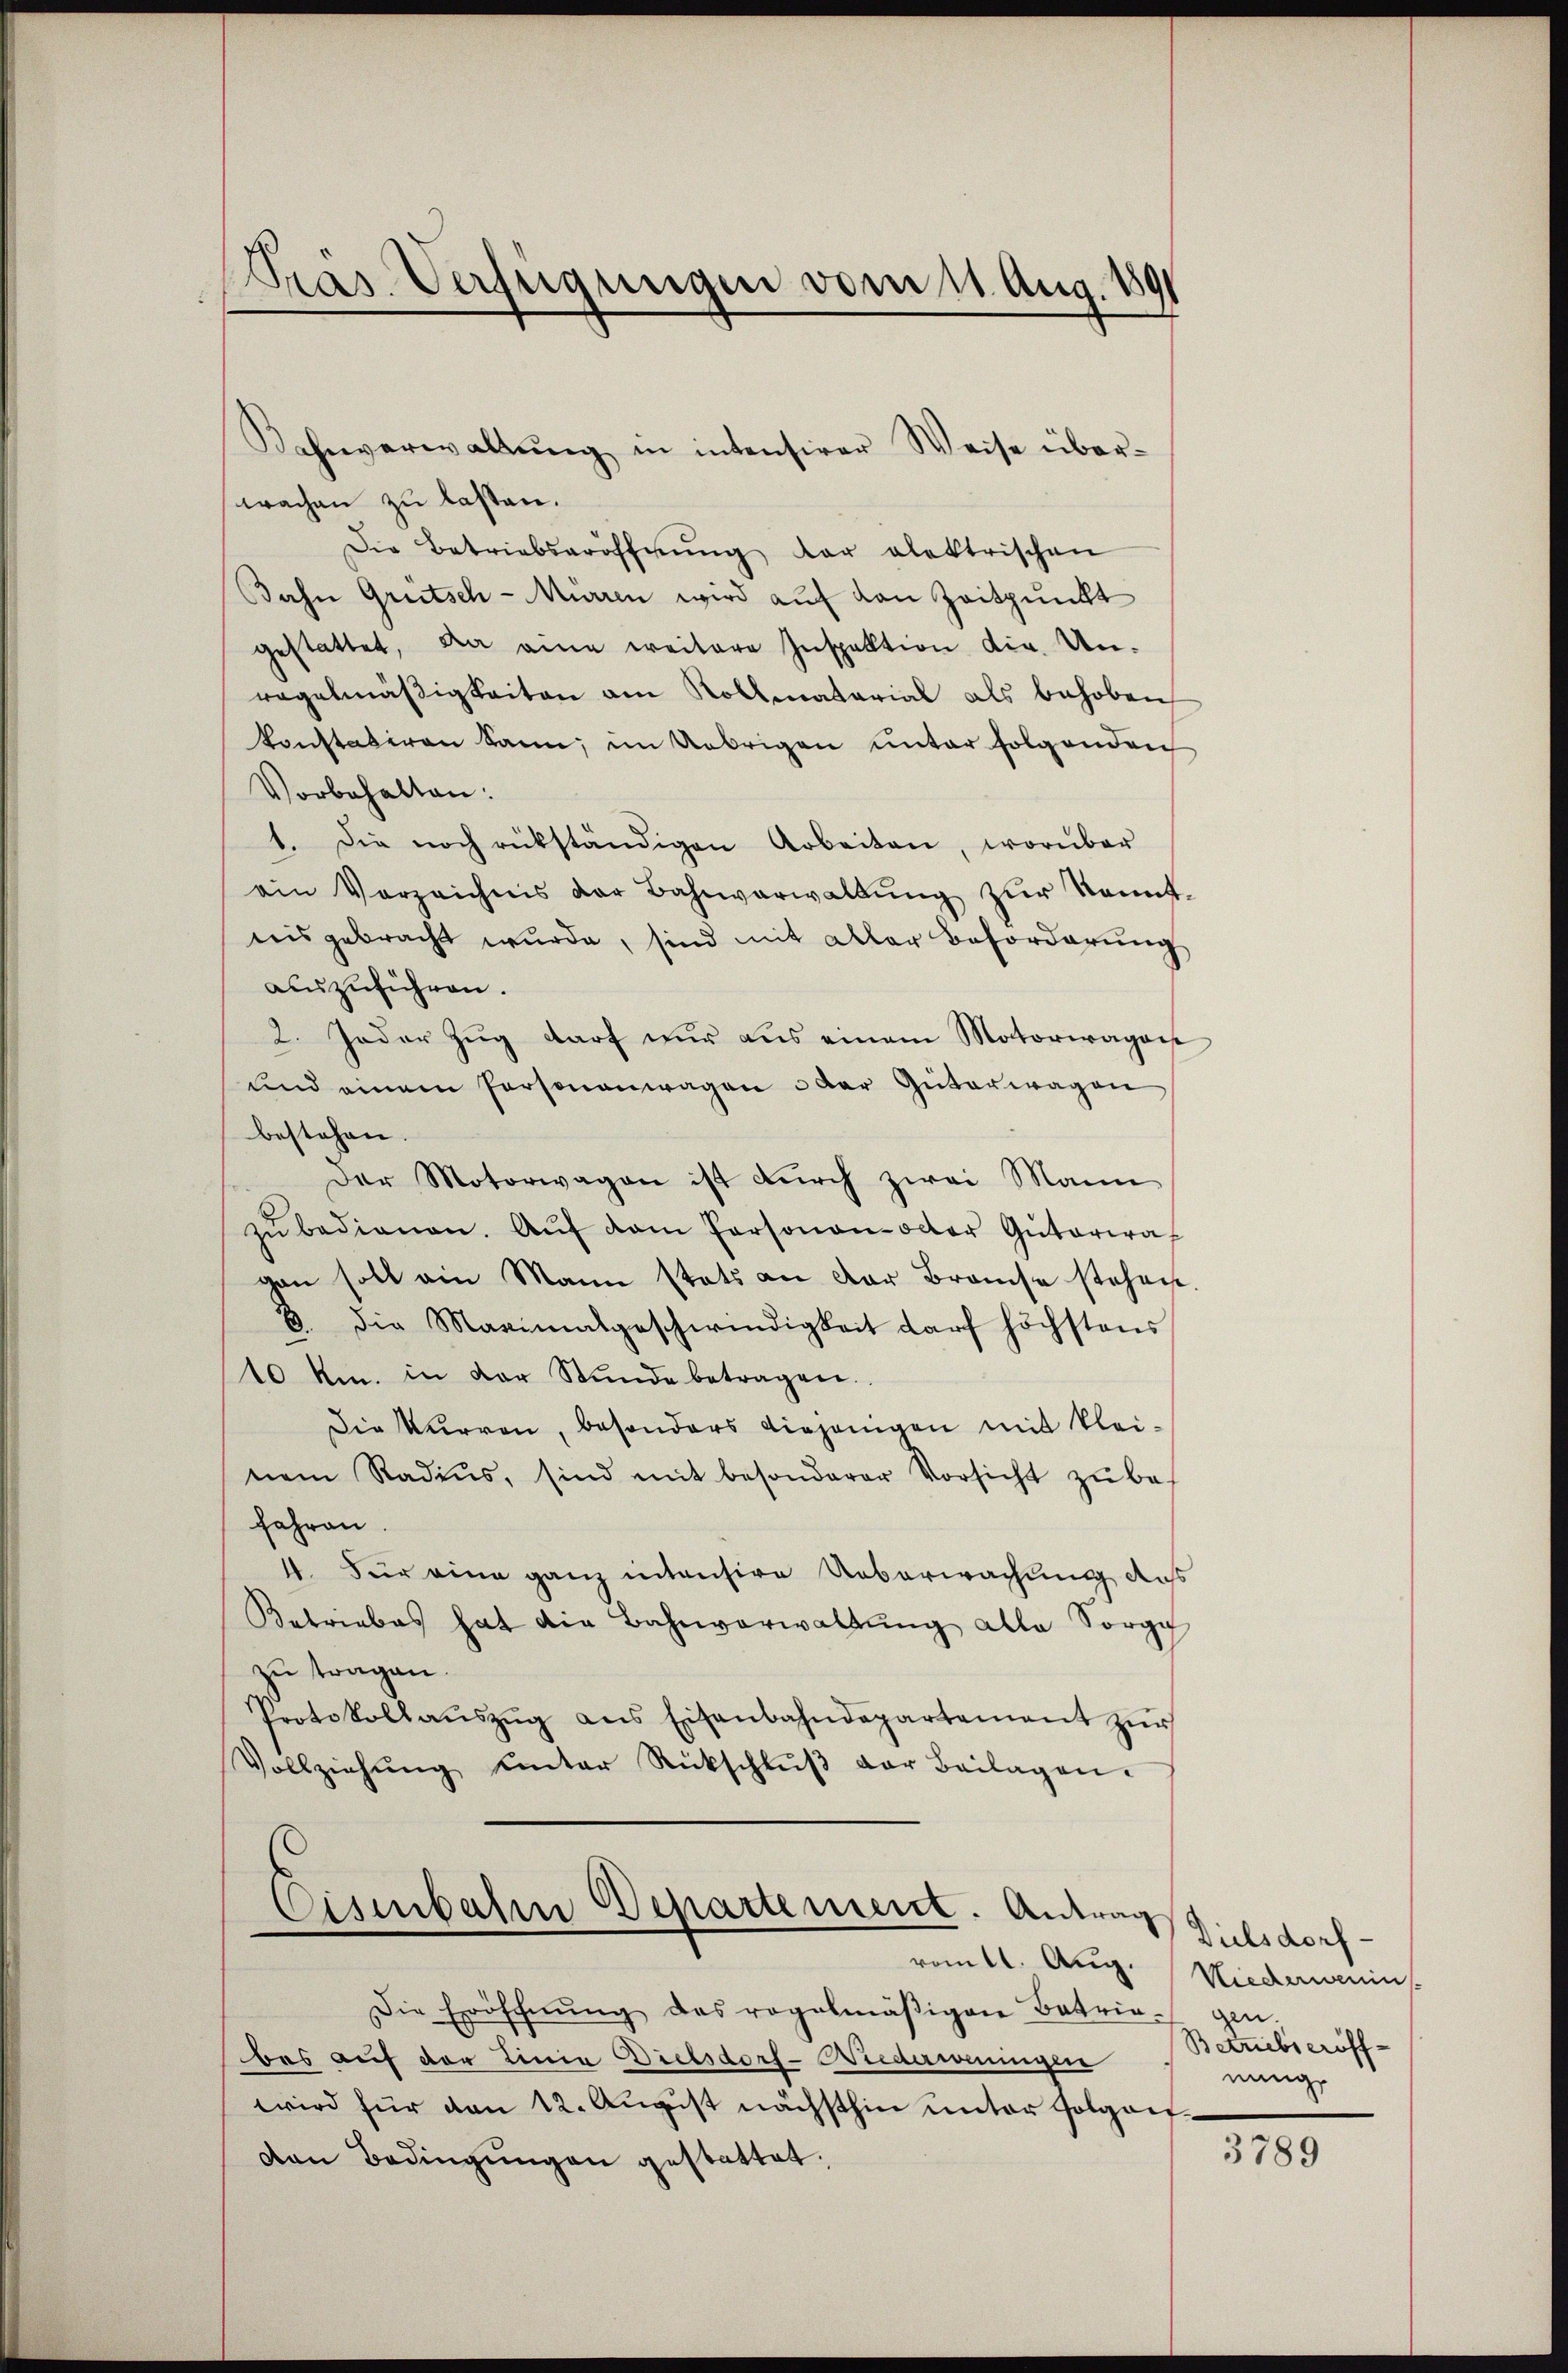
Das Verfügungen vom 11. Aug.

Kahnverwaltŭng in intensirer Weise über-
wachen zu lasten.
Die Betriebseröffnŭng der alektrischen
Bahn Grütsch-Miaren wird auf den Zeitpunkt
gestattet, da eine weitere Inspektion dir. Un-
regelmäßigkeiten am Rollmatarial als behoben
konstatiren kann; im Uebrigen unter folgenden
Vorbehalten:
1. Die noch rükständigen Arbeiten, worüber
am Vorzeichnis der Bahnverwaltŭng zŭr kannt
nis gebracht wŭrde, sind mit aller Beforderŭng
auszuführen.
2. Jeder Zŭg darf nur aus einem Motorwagasse
und einem Personauwagen der Güterwagen
bestehen.
der Motorwagen ist durch zwei Mann
zŭbedienen. Aŭf dem Personen- oder Güterwal
gan soll ain Mann stets an der Brauche stehen.
3. die Maximalgeschwindigkeit darf höchstens
10 km. in der Stŭnde betragen.
Die Kurren, besonders diejenigen mit klei-
nem Radius, sind mit besonderer Vorsicht zŭ be-
fahren.
11. Für eine ganz intensiren Ueberwachung aus
Betriebes hat die Bahnverwaltŭng alle Sorge
zu tragen.
Protokollaŭszŭg ans Eisenbahndepartement zŭr
Vollziehŭng ŭnter Rückschlŭβ der Beilagen.

Die Eröfchnŭng des regelmäβigen Betriegen.
bes auf der Linia Dielsdorf-Niederweningen
wird für den 12. August nächsthin unter Folgen
den Bedingŭngen gestattet.

Eisenbahn Departement. Antrag
romtl. Aug.

Dielsdorf-
Niederwenin
Betriebseröff-
nung,

3789